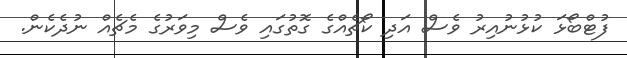
ފުޓްބޯޅަ ކުޅުނުއިރު ވެސް އަދި ކޯޗެއްގެ ގޮތުގައި ވެެސް މިވަރުގެ މެޗެއް ނުދެކެން.